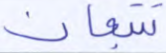
تتبعان